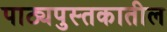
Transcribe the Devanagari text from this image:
पाठ्यपुस्तकातील